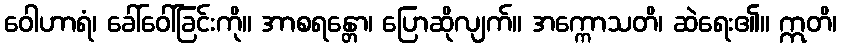
ဝေါဟာရံ၊ ခေါ်ဝေါ်ခြင်းကို။ အာစရန္တော၊ ပြောဆိုလျက်။ အက္ကောသတိ၊ ဆဲရေး၏။ ဣတိ၊